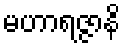
မဟာရဇ္ဇာနိ